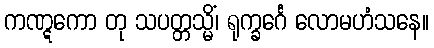
ကဏ္ဋကော တု သပတ္တသ္မိံ၊ ရုက္ခင်္ဂေ လောမဟံသနေ။